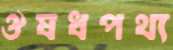
ঔষধপথ্য